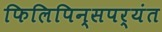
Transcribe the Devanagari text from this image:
फिलिपिन्सपर्यंत